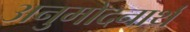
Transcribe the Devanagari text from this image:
अनुमोदनार्थ